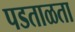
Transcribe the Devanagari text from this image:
पडताळता